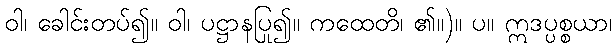
ဝါ၊ ခေါင်းတပ်၍။ ဝါ၊ ပဋ္ဌာနပြု၍။ ကထေတိ၊ ၏။)။ ပ။ ဣဒပ္ပစ္စယာ၊